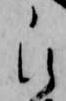
被